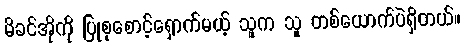
မိခင်အိုကို ပြုစုစောင့်ရှောက်မယ့် သူက သူ တစ်ယောက်ပဲရှိတယ်။